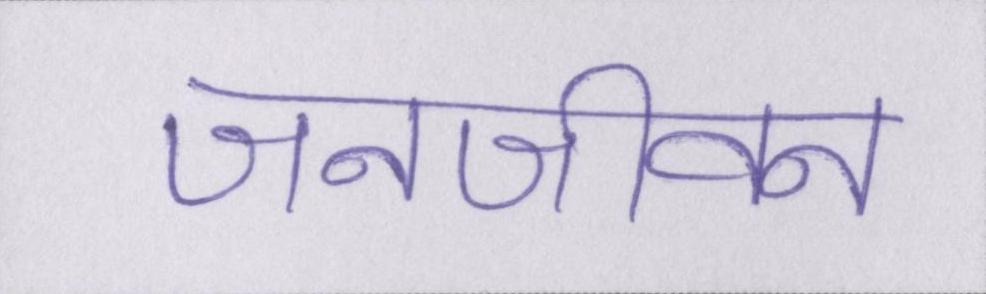
जनजीवन